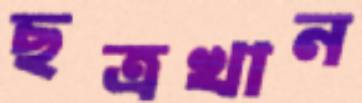
ছত্রখান